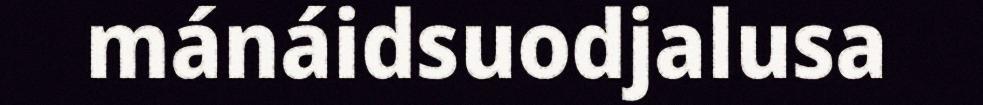
mánáidsuodjalusa